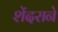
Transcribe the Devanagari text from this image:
शेंदराने